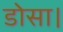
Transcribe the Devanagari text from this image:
डोसा।